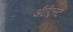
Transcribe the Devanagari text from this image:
अँटीट्रस्ट